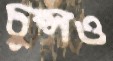
চুপ্‌সও